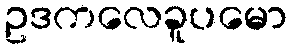
ဥဒကလေခူပမော